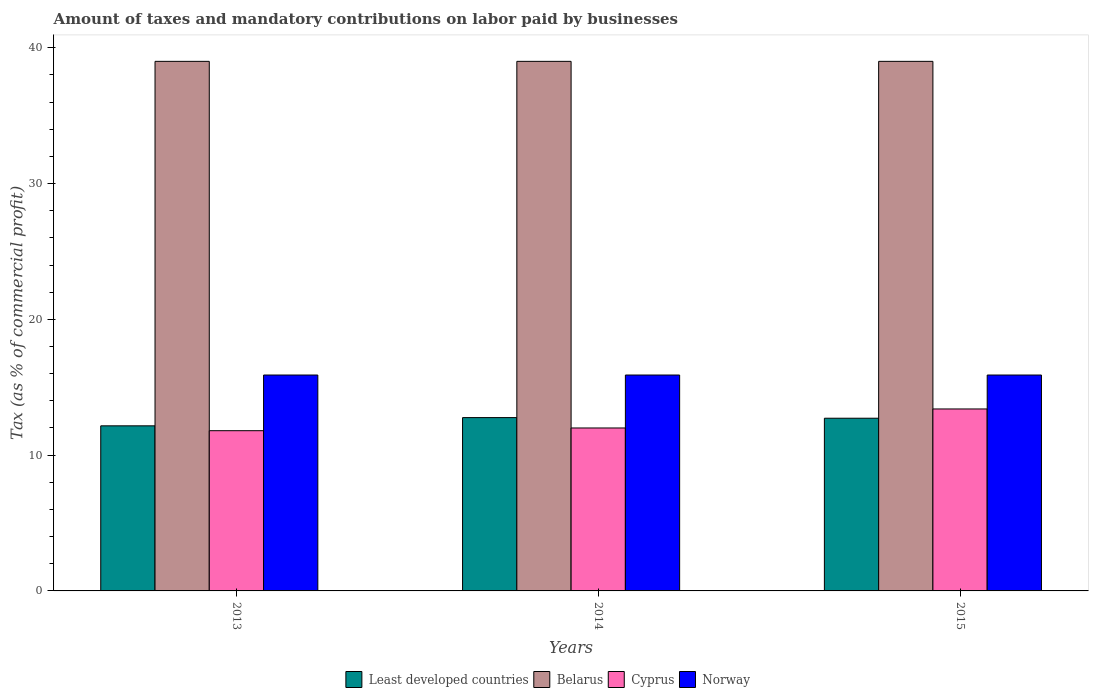
| Years | Least developed countries | Belarus | Cyprus | Norway |
 | --- | --- | --- | --- | --- |
 | 2013 | 12.2 | 39 | 11.8 | 15.9 |
 | 2014 | 12.8 | 39 | 12 | 15.9 |
 | 2015 | 12.7 | 39 | 13.4 | 15.9 |